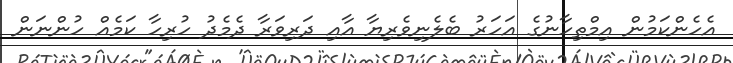
އެހެންކަމުން އިމްތިހާނުގެ އަހަރު ބެލެނިވެރިޔާ އާއި ދަރިވަރާ ދެމެދު ހުރިހާ ކަމެއް ހުންނަން